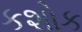
કશોક